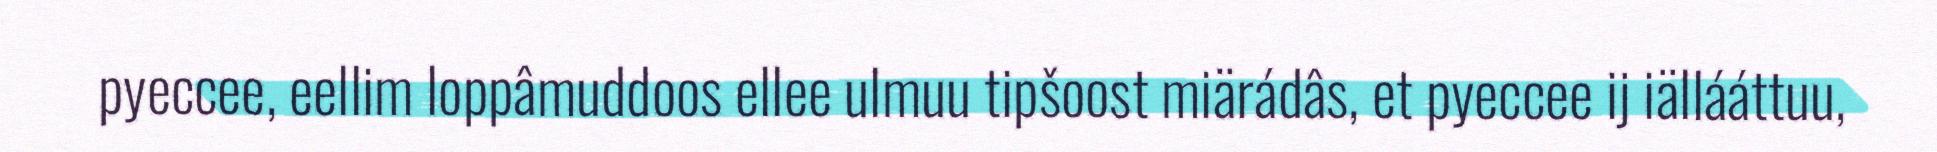
pyeccee, eellim loppâmuddoos ellee ulmuu tipšoost miärádâs, et pyeccee ij iällááttuu,